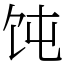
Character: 饨